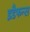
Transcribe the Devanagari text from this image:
इडैफन्स